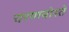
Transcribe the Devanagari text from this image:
चरणयोस्ते